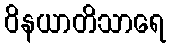
ဝိနယာတိသာရေ